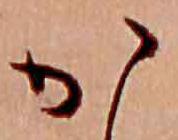
か